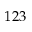
1 2 3